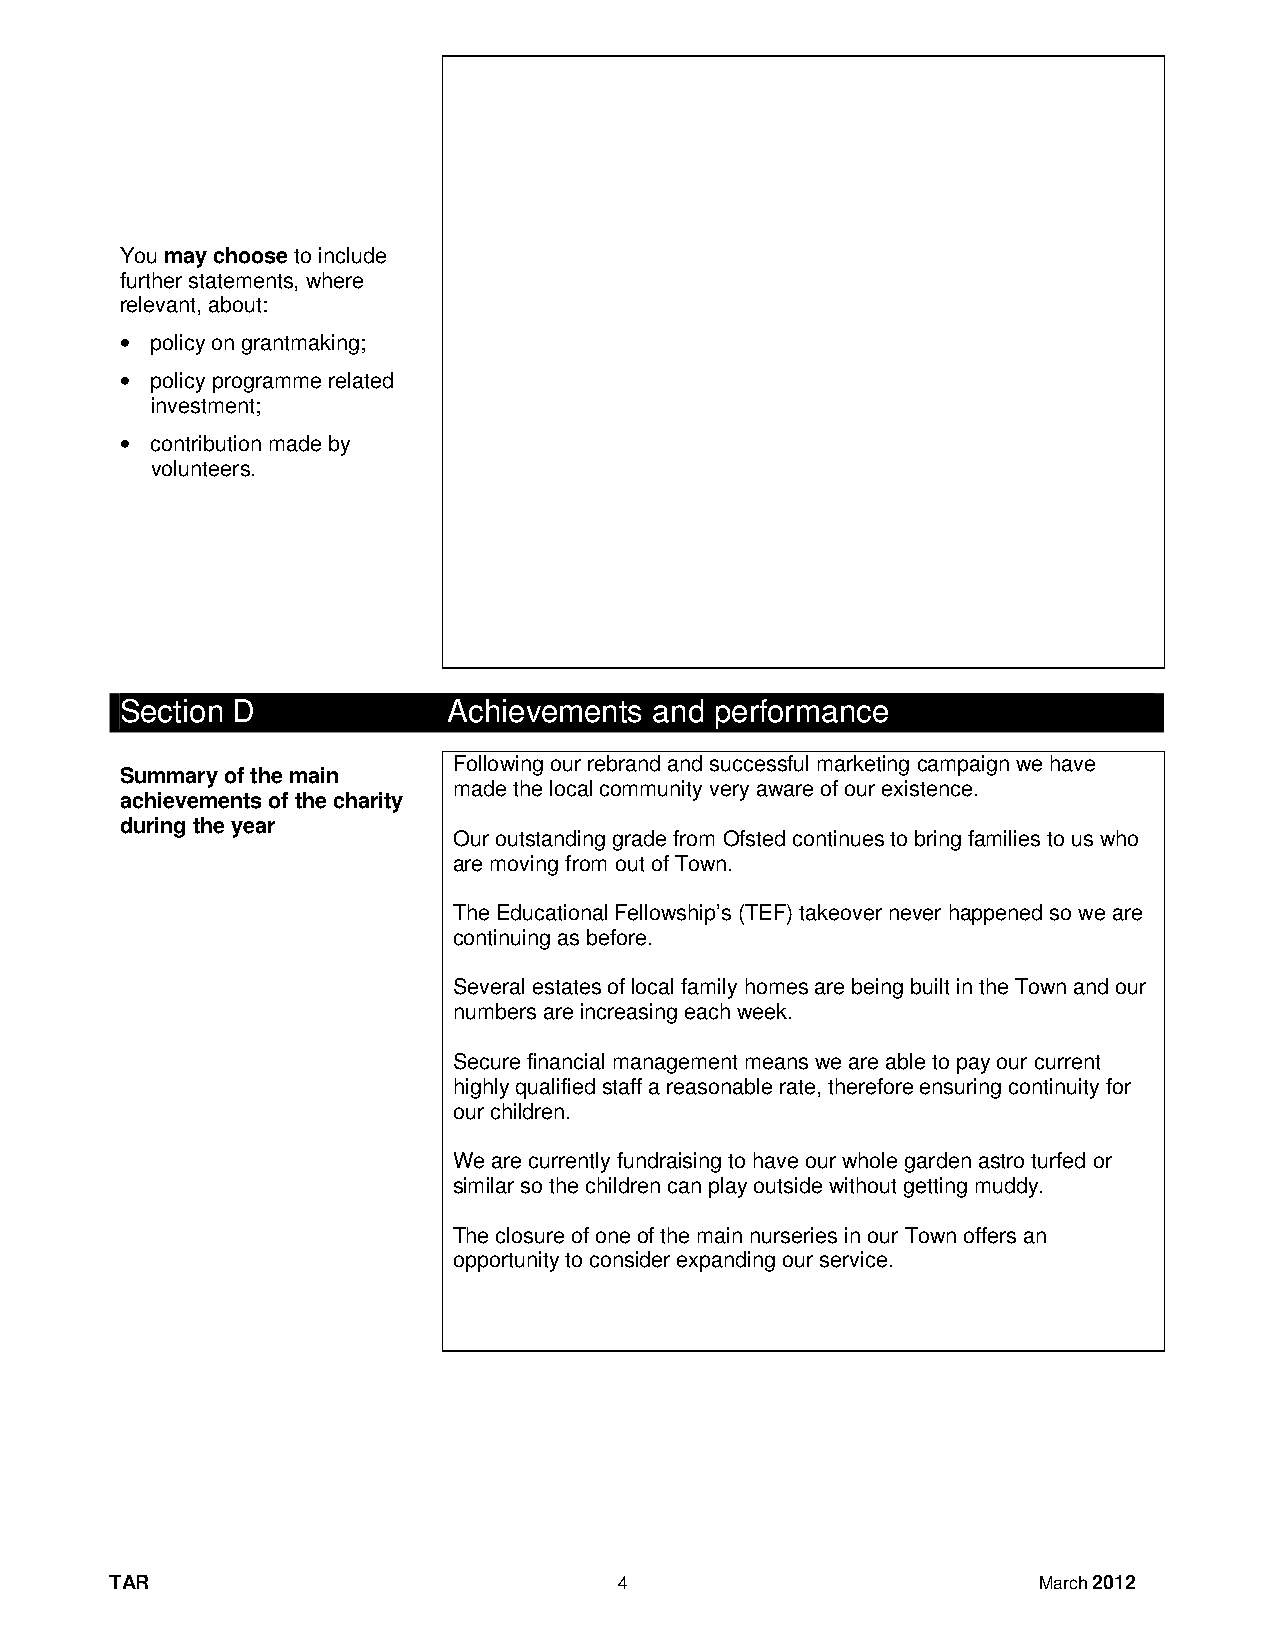
You may choose to include
 further statements, where
 relevant, about:
 • policy on grantmaking;
 • policy programme related
 investment;
 • contribution made by
 volunteers.
 Section D             Achievements and performance
 Following our rebrand and successful marketing campaign we have
 Summary of the main
 made the local community very aware of our existence.
 achievements of the charity
 during the year
 Our outstanding grade from Ofsted continues to bring families to us who
 are moving from out of Town.
 The Educational Fellowship’s (TEF) takeover never happened so we are
 continuing as before.
 Several estates of local family homes are being built in the Town and our
 numbers are increasing each week.
 Secure financial management means we are able to pay our current
 highly qualified staff a reasonable rate, therefore ensuring continuity for
 our children.
 We are currently fundraising to have our whole garden astro turfed or
 similar so the children can play outside without getting muddy.
 The closure of one of the main nurseries in our Town offers an
 opportunity to consider expanding our service.
 TAR                               4                           March 2012